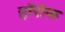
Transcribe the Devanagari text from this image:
हॉरोक